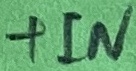
Text: +IN